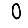
Digit: 0